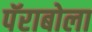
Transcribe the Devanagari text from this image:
पॅराबोला